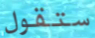
ستقول